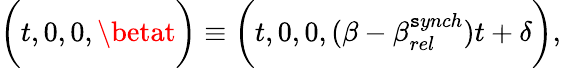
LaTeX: \bigg(t,0,0,\betat\bigg)\equiv\bigg(t,0,0,(\beta-\beta_{rel}^{\mathtt{s}ynch})t+\delta\bigg),